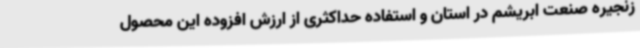
زنجیره صنعت ابریشم در استان و استفاده حداکثری از ارزش افزوده این محصول